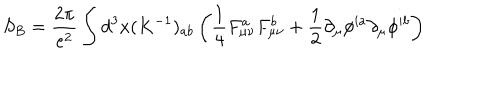
S _ { B } = \frac { 2 \pi } { e ^ { 2 } } \int d ^ { 3 } x ( K ^ { - 1 } ) _ { a b } \left( \frac { 1 } { 4 } F _ { \mu \nu } ^ { a } F _ { \mu \nu } ^ { b } + \frac { 1 } { 2 } \partial _ { \mu } \phi ^ { i a } \partial _ { \mu } \phi ^ { i b } \right)